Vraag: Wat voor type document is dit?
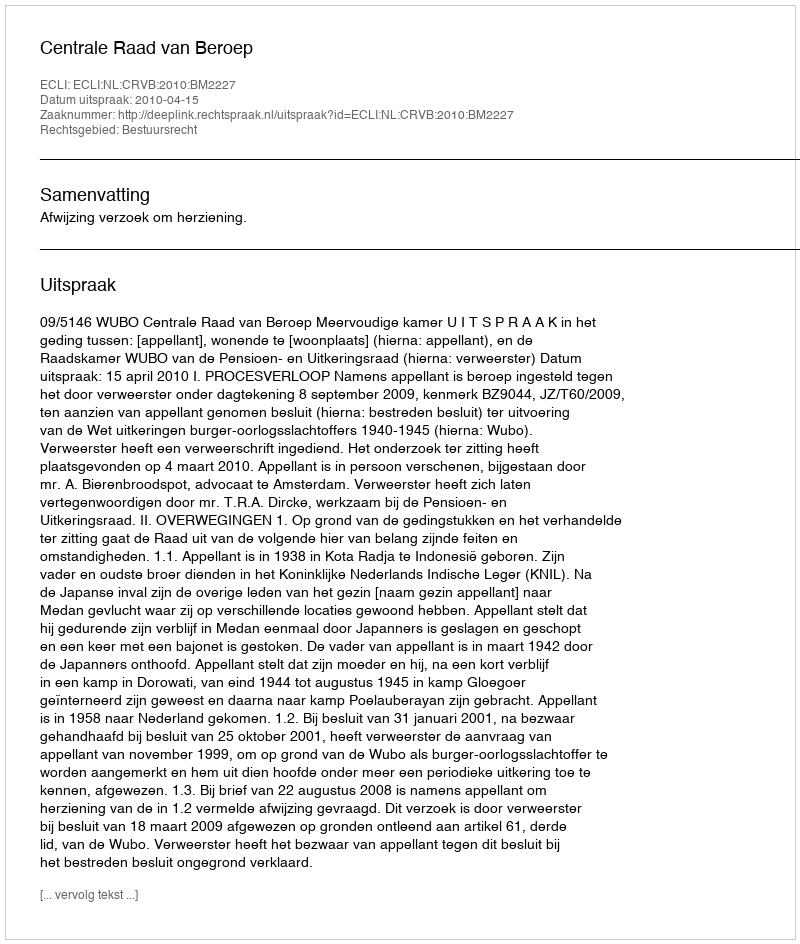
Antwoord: Uitspraak